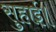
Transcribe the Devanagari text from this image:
सुहाई।